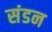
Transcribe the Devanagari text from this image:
संडन